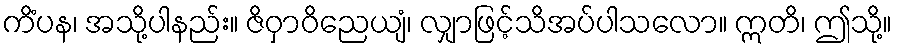
ကိံပန၊ အသို့ပါနည်း။ ဇိဝှာဝိညေယျံ၊ လျှာဖြင့်သိအပ်ပါသလော။ ဣတိ၊ ဤသို့။